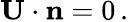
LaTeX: \mathbf{U}\cdot\mathbf{n}=0\, .